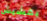
بقشيش